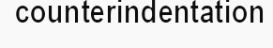
counterindentation